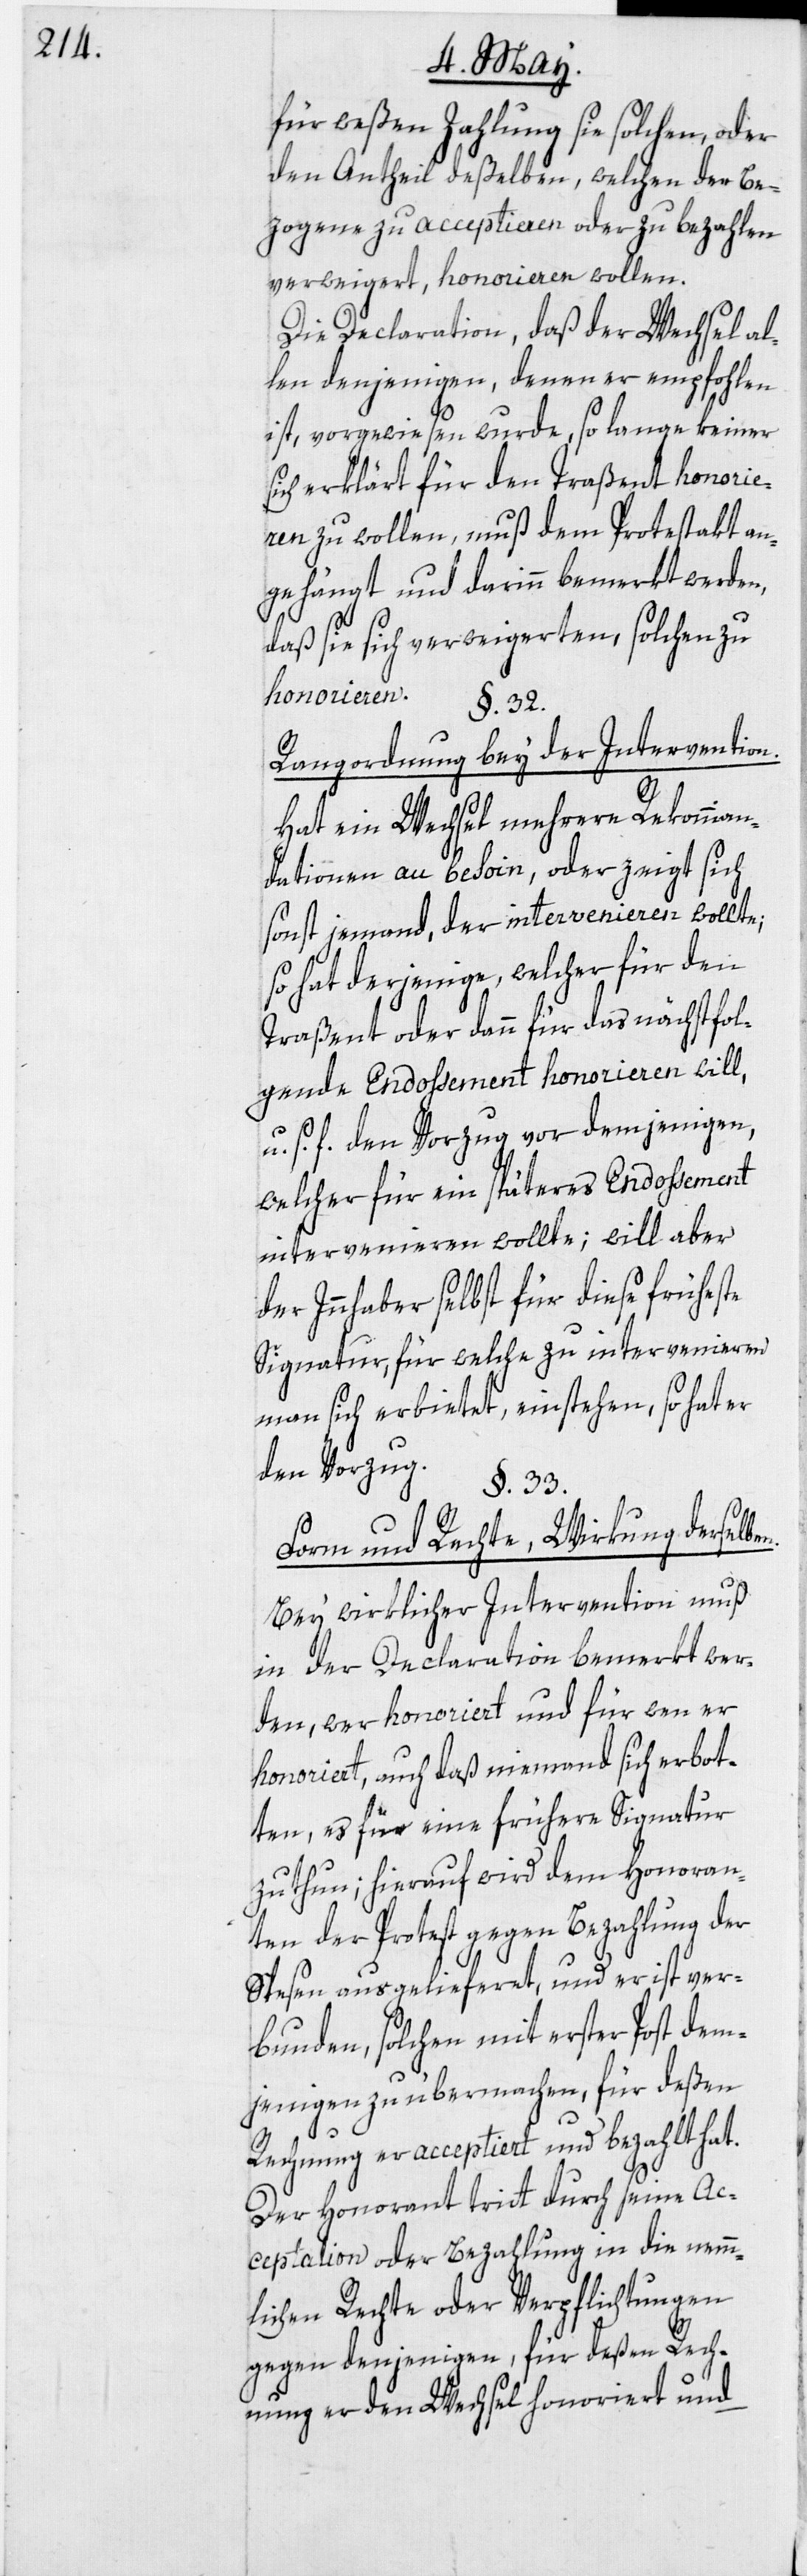
n.

für weßen Zahlung sie solchen, oder
den Antheil deßelben, welchen der Be¬
zogene zu acceptieren oder zu bezahlen
verweigert, honorieren wollen.
Die Declaration, daß der Wechsel al¬
len denjenigen, denen er empfohlen
ist, vorgewiesen wurde, so lange keiner
sich erklärt für den Traßent honorie¬
ren zu wollen, muß dem Protestakt an¬
gehängt und darinn bemerkt werden,
daß sie sich verweigerten, solchen zu
honorieren.
§. 32.
Rangordnung bey der Intervention.
Hat ein Wechsel mehrere Rekomman¬
dationen au besoin, oder zeigt sich
sonst jemand, der intervenieren wollte;
so hat derjenige, welcher für den
Traßent oder dann für das nächstfol¬
gende Endossement honorieren will,
u. s. f. den Vorzug vor demjenigen,
welcher für ein späteres Endossement
intervenieren wollte; will aber
der Innhaber selbst für diese früheste
Signatur, für welche zu intervenieren
man sich erbietet, einstehen, so hat er
den Vorzug.
§. 33.
Form und Rechte, Wirkung derselbe¬
Bey wirklicher Intervention muß
in der Declaration bemerkt wer¬
den, wer honoriert und für wen er
honoriert, auch daß niemand sich erbot¬
ten, es für eine frühere Signatur
zu thun; hierauf wird dem Honoran¬
ten der Protest gegen Bezahlung der
Spesen ausgelieferet, und er ist ver¬
bunden, solchen mit erster Post dem¬
jenigen zu übermachen, für deßen
Rechnung er acceptiert und bezahlt hat.
Der Honorant tritt durch seine Ac¬
ceptation oder Bezahlung in die nemm¬
lichen Rechte oder Verpflichtungen
gegen denjenigen, für deßen Rech¬
nung er den Wechsel honoriert und